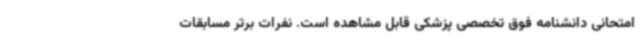
امتحانی دانشنامه فوق تخصصی پزشکی قابل مشاهده است. نفرات برتر مسابقات